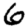
Digit: 6